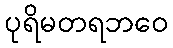
ပုရိမတရဘဝေ